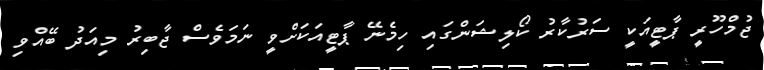
ޖުމްހޫރީ ޕާޓީއަކީ ސަރުކާރު ކޯލިޝަންގައި ހިމެނޭ ޕާޓީއަކަށްވީ ނަމަވެސް ޖާބިރު މިއަދު ބޭއްވި